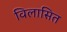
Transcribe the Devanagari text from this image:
विलासित